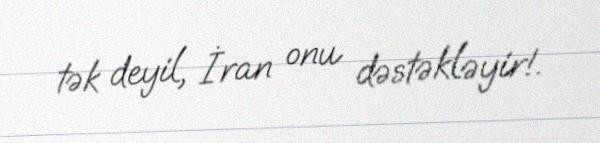
tək deyil, İran onu dəstəkləyir!.